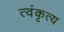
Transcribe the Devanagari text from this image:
त्वंकृत्य